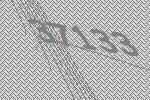
37133